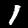
Label: 1